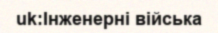
uk:Інженерні війська